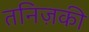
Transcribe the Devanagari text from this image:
तनिज़की